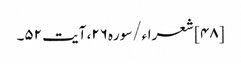
[۴۸] شعراء/سوره۲۶، آیت ۵۲۔